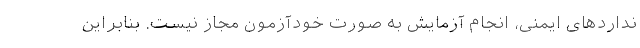
نداردهای ایمنی، انجام آزمایش به صورت خودآزمون مجاز نیست. بنابراین